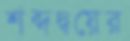
শব্দদ্বয়ের